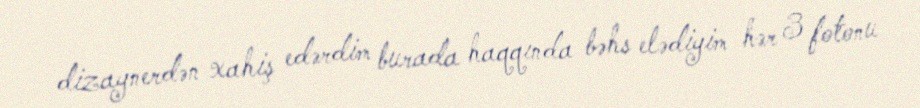
dizaynerdən xahiş edərdim burada haqqında bəhs elədiyim hər 3 fotonu